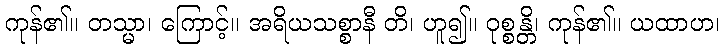
ကုန်၏။ တသ္မာ၊ ကြောင့်။ အရိယသစ္စာနီ တိ၊ ဟူ၍။ ဝုစ္စန္တိ၊ ကုန်၏။ ယထာဟ၊